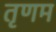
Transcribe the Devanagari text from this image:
तृणम